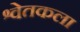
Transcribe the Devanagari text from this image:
श्वेतकला